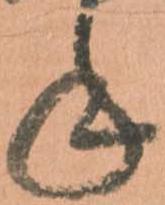
手